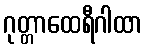
ဂုတ္တာထေရီဂါထာ